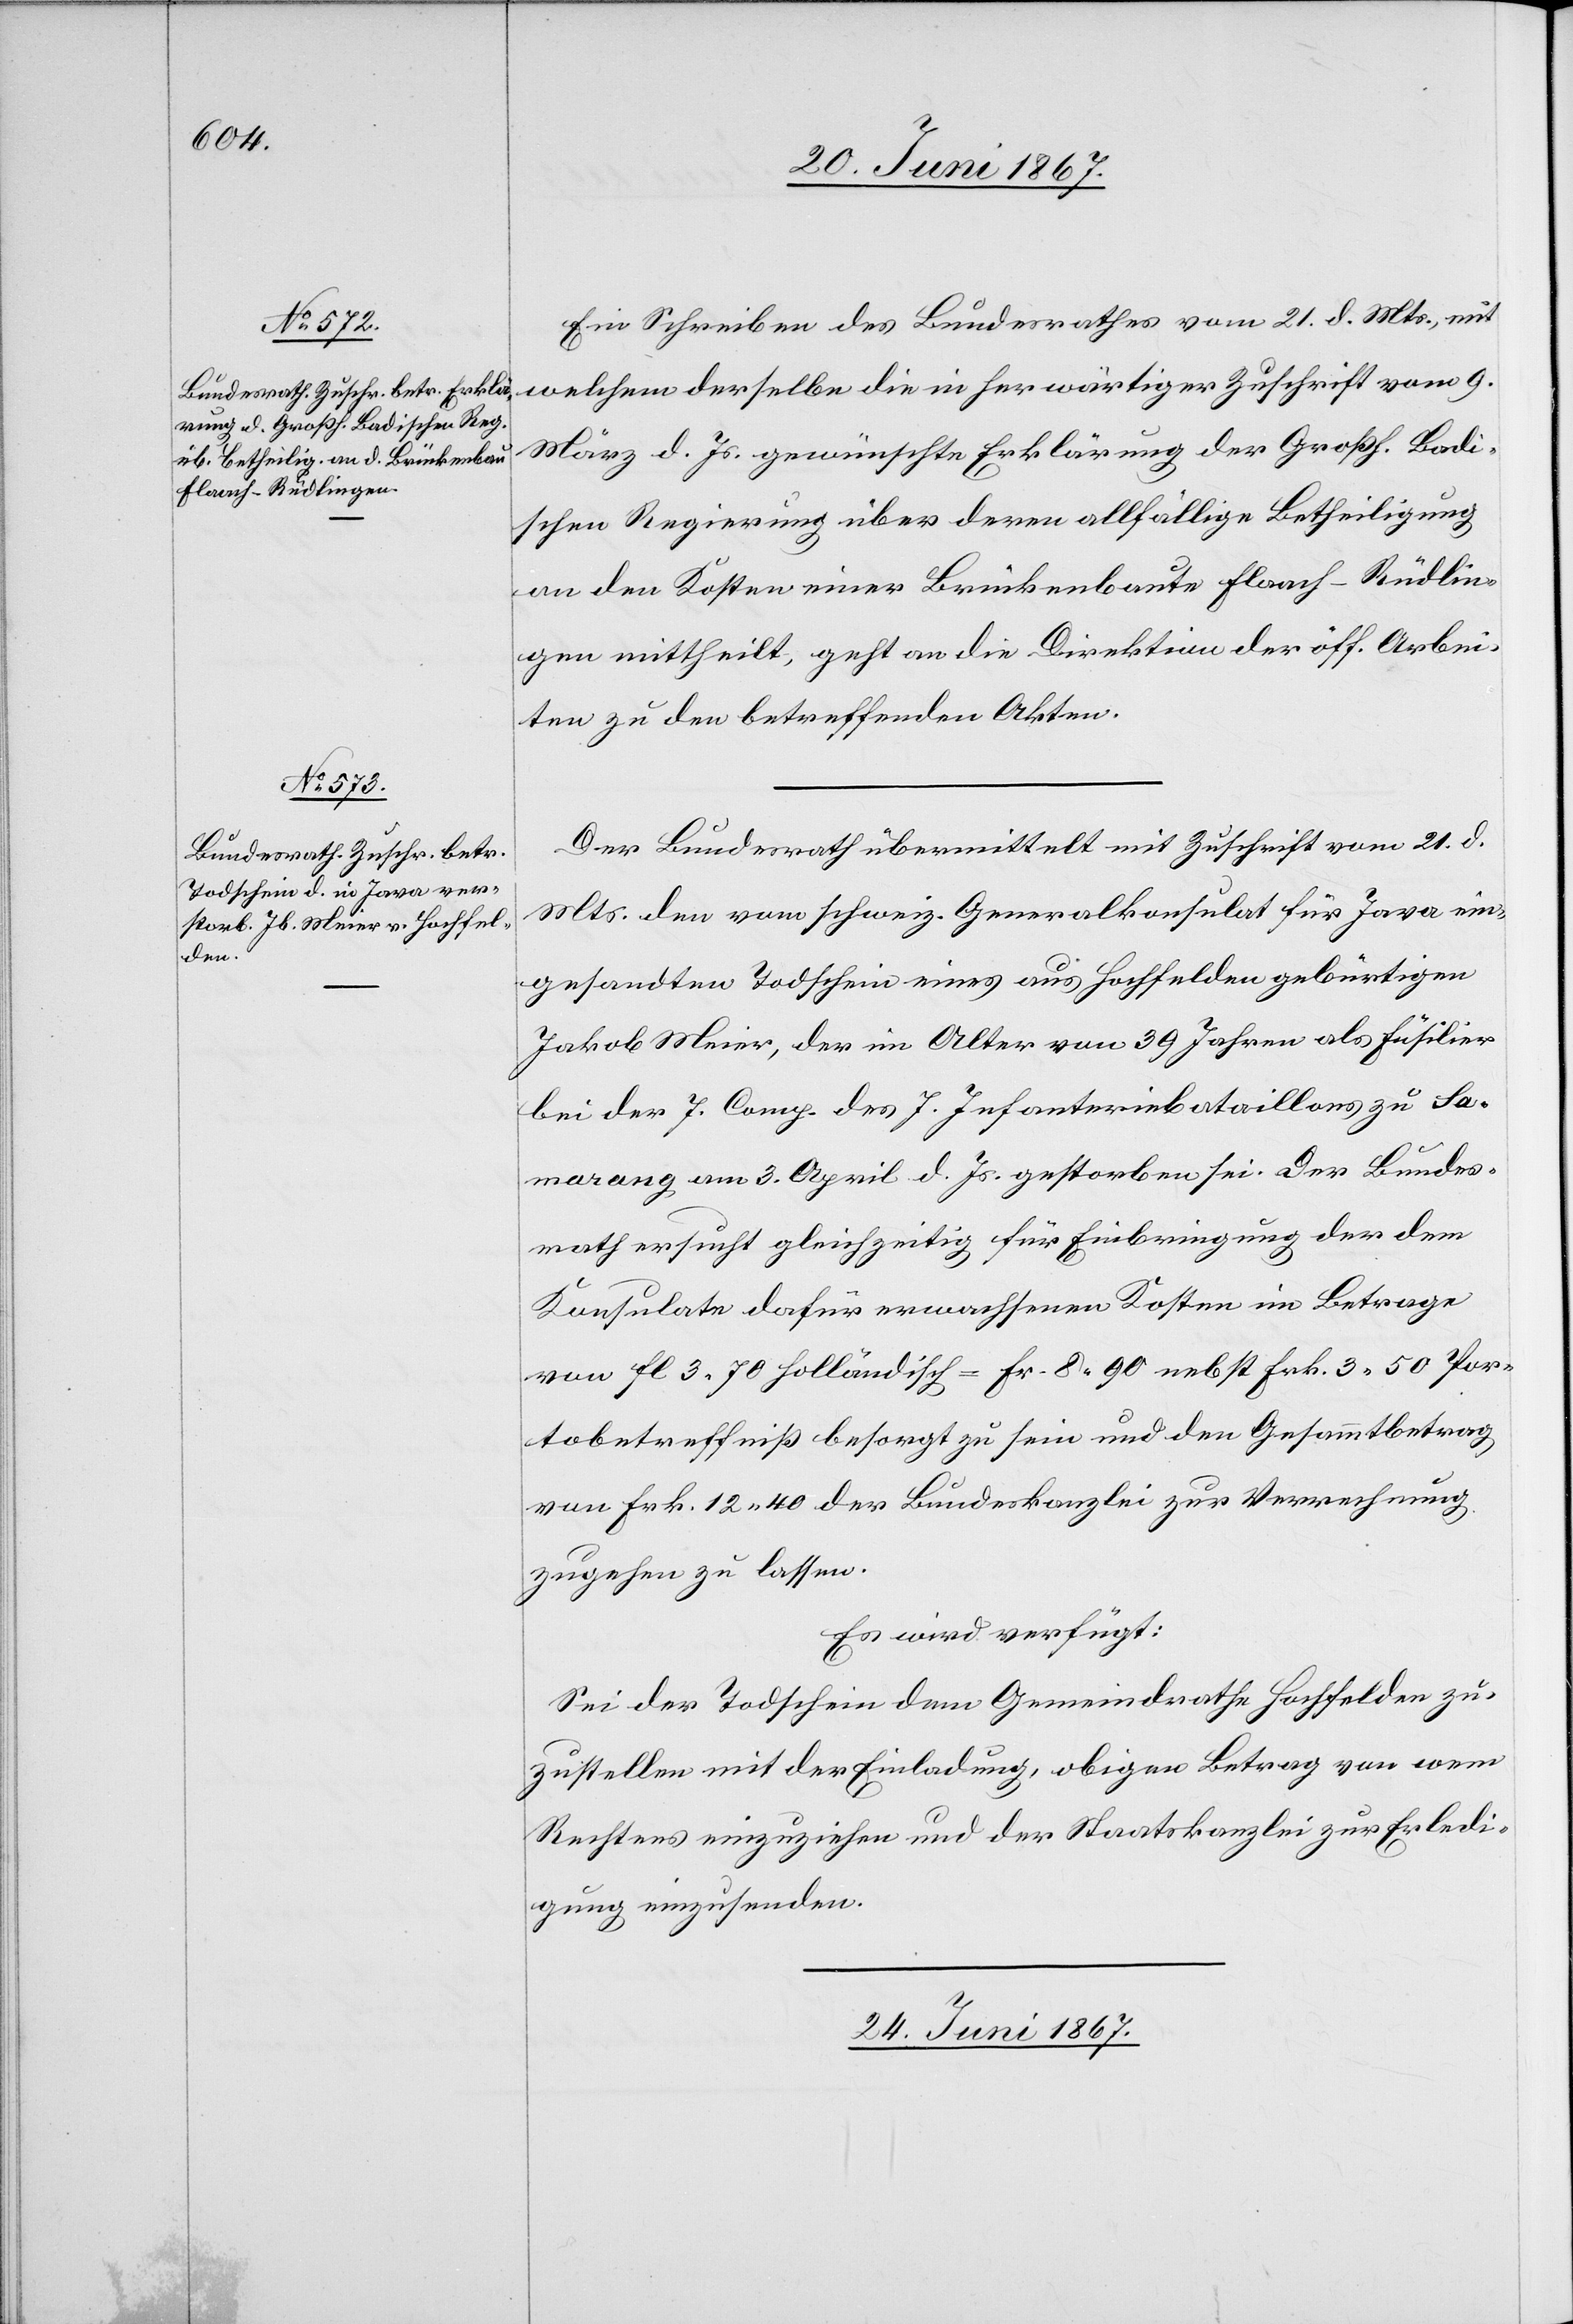
Ein Schreiben des Bundesrathes vom 21. d. Mts., mit
welchem derselbe die in herwärtiger Zuschrift vom 9.
März d. Js. gewünschte Erklärung der Großh. Badi¬
schen Regierung über deren allfällige Betheiligung
an den Kosten einer Brückenbaute Flaach-Rüdlin¬
gen mittheilt, geht an die Direktion der öff. Arbei¬
ten zu den betreffenden Akten.
Der Bundesrath übermittelt mit Zuschrift vom 21. d.
Mts. den vom schweiz. Generalkonsulat für Java ein¬
gesandten Todschein eines aus Hochfelden gebürtigen
Jakob Meier, der im Alter von 39 Jahren als Füsilier
bei der 7. Comp. des 7. Infanteriebataillons zu Sa¬
marang am 3. April d. Js. gestorben sei. Der Bundes¬
rath ersucht gleichzeitig für Einbringung der dem
Konsulate dafür erwachsenen Kosten im Betrage
von fl. 3.70 holländisch = Fr. 8.90 nebst Frk. 3.50 Por¬
tobetreffniß besorgt zu sein und den Gesammtbetrag
von Frk. 12.40 der Bundeskanzlei zur Verrechnung
zugehen zu lassen.
Es wird verfügt:
Sei der Todschein dem Gemeindrathe Hochfelden zu¬
zustellen mit der Einladung, obigen Betrag von wem
Rechtens einzuziehen und der Staatskanzlei zur Erledi¬
gung einzusenden.
24. Juni 1867.